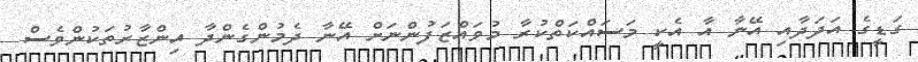
ގަޑީގެ އަދަދާއި އޭނާ އާ އެކީ މަސައްކަތްކުރާ މުވައްޒަފުންނަށް އޭނާ ދެމުންގެންދާ އިންޒާރުތަކުންވެސް